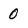
Character: 0